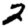
Digit: 2